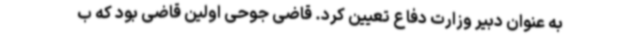
به عنوان دبیر وزارت دفاع تعیین کرد. قاضی جوحی اولین قاضی بود که ب